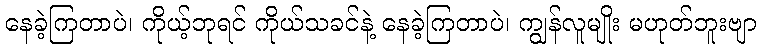
နေခဲ့ကြတာပဲ၊ ကိုယ့်ဘုရင် ကိုယ်သခင်နဲ့ နေခဲ့ကြတာပဲ၊ ကျွန်လူမျိုး မဟုတ်ဘူးဗျာ